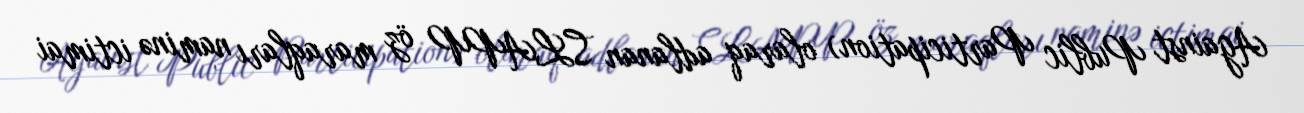
Against Public Participation) olaraq adlanan SLAPP öz maraqları naminə ictimai